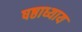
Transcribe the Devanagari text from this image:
षष्ठाध्याय